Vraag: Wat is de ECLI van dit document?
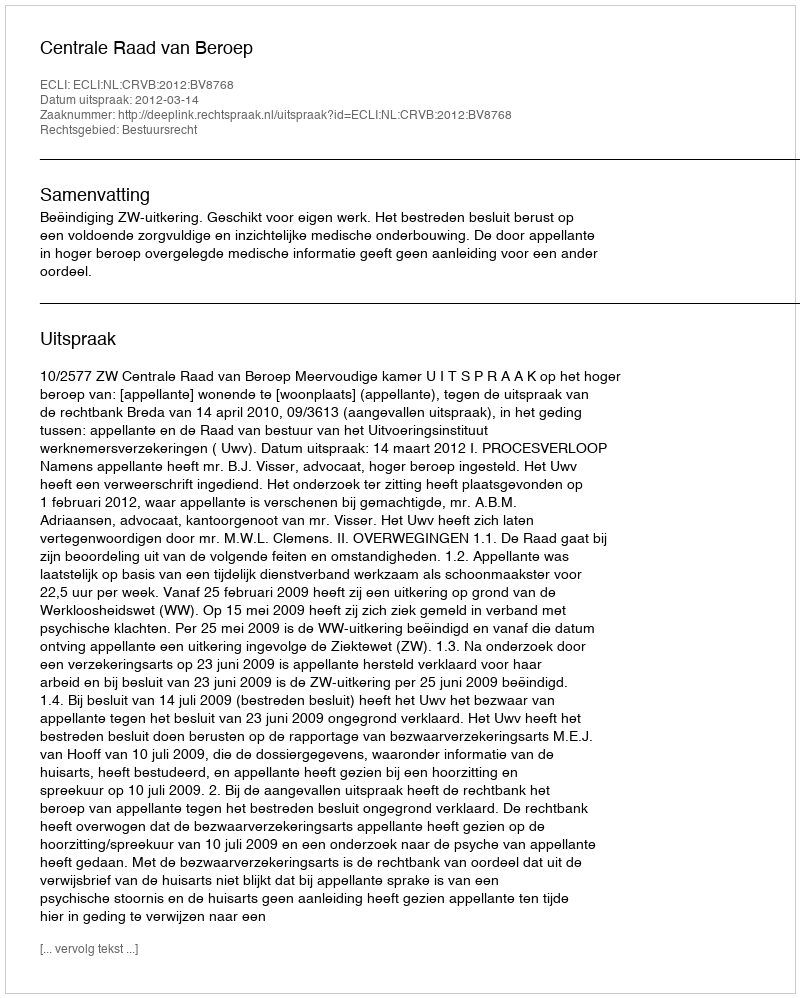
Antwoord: ECLI:NL:CRVB:2012:BV8768